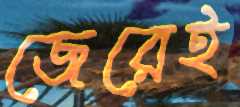
জেরেই